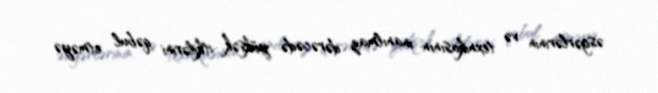
əsgərlərinin və texnikasının inanılmaz dərəcədə yüksək itkilərini qəbul etməyə